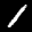
Label: 1